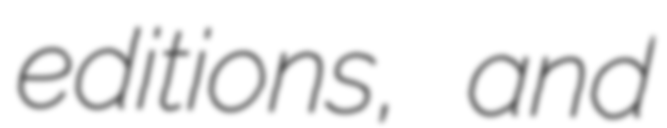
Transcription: editions, and